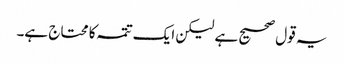
یہ قول صحیح ہے لیکن ایک تتمہ کا محتاج ہے۔